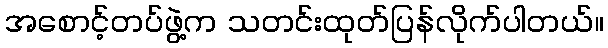
အစောင့်တပ်ဖွဲ့က သတင်းထုတ်ပြန်လိုက်ပါတယ်။